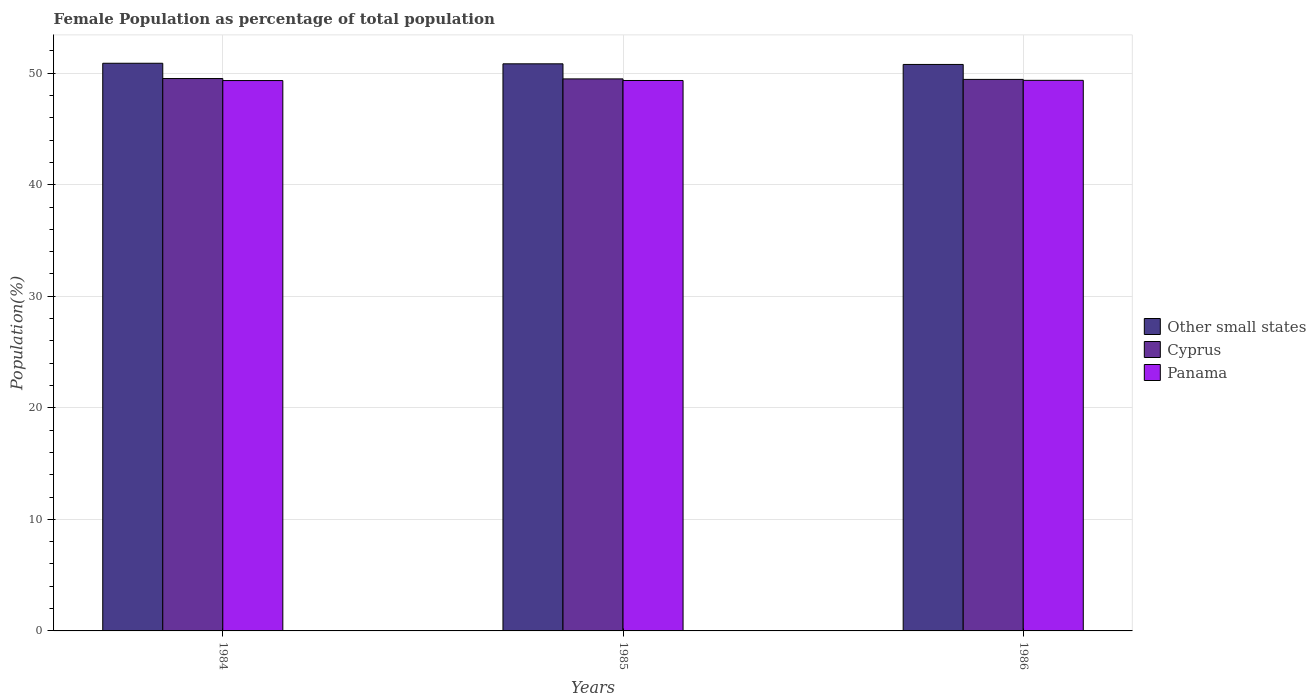
| Years | Other small states | Cyprus | Panama |
 | --- | --- | --- | --- |
 | 1984 | 50.9 | 49.5 | 49.3 |
 | 1985 | 50.8 | 49.5 | 49.3 |
 | 1986 | 50.8 | 49.4 | 49.4 |